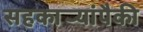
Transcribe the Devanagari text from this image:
सहकार्‍यांपैकी